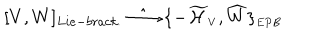
[ V , W ] _ { L i e - b r a c k . } \; \hat { \longrightarrow } \; \{ - { \widetilde { \cal H } } _ { \scriptscriptstyle V } , { \widehat W } \} _ { \scriptscriptstyle E P B }